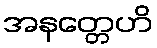
အနတ္တေဟိ